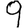
Digit: 9